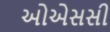
ઓએસસી